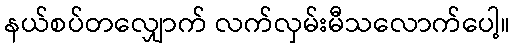
နယ်စပ်တလျှောက် လက်လှမ်းမီသလောက်ပေါ့။